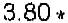
3.80 *